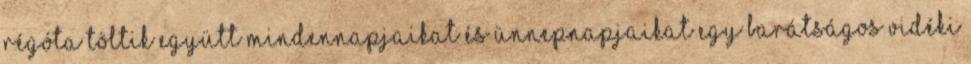
Régóta töltik együtt mindennapjaikat és ünnepnapjaikat egy barátságos vidéki